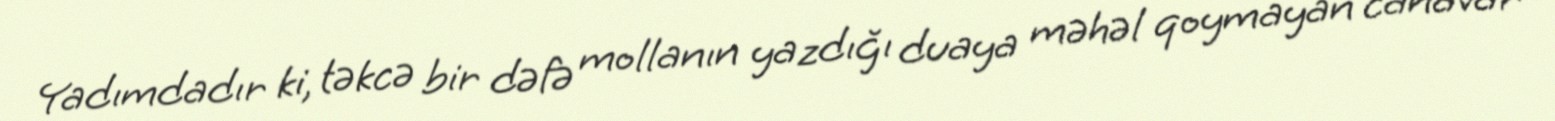
Yadımdadır ki, təkcə bir dəfə mollanın yazdığı duaya məhəl qoymayan canavar